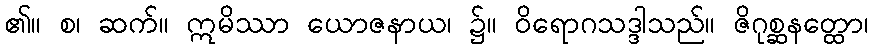
၏။ စ၊ ဆက်။ ဣမိဿာ ယောဇနာယ၊ ၌။ ဝိရောဂသဒ္ဒါသည်။ ဇိဂုစ္ဆနတ္ထော၊